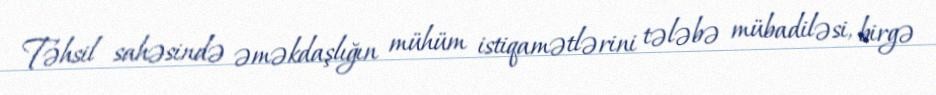
Təhsil sahəsində əməkdaşlığın mühüm istiqamətlərini tələbə mübadiləsi, birgə